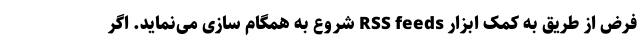
فرض از طریق به کمک ابزار RSS feeds شروع به همگام سازی می­‌نماید. اگر